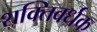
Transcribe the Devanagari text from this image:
शक्‍तिवर्धक